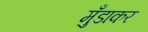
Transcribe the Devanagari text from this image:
मुँडाकर